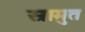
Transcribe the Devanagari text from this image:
स्रामुत